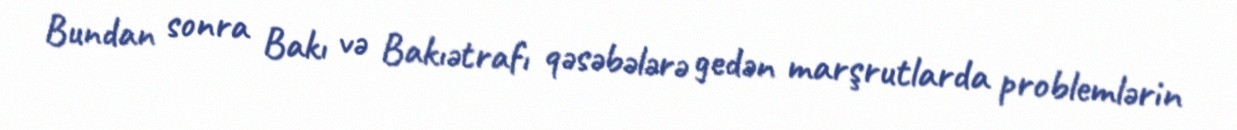
Bundan sonra Bakı və Bakıətrafı qəsəbələrə gedən marşrutlarda problemlərin